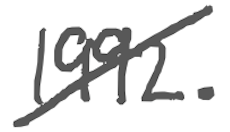
Text: 1992.
Cross-out: diagonal
Writing tool: digital_gray